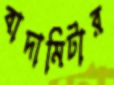
বাদামিটার